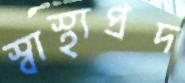
স্বাস্থ্যপ্রদ